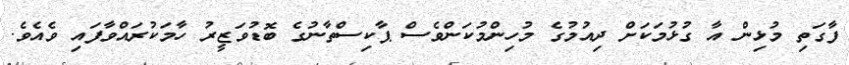
ފާގަތި މުޅިން އާ ގުޅުމަކަށް ދިއުމުގެ މުހިންމުކަންވެސް ޕާކިސްތާނުގެ ބޮޑުވަޒީރު ހާމަކުރައްވާފައި ވެއެވެ.